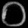
Digit: ၀